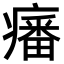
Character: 𤺏